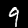
Label: 9